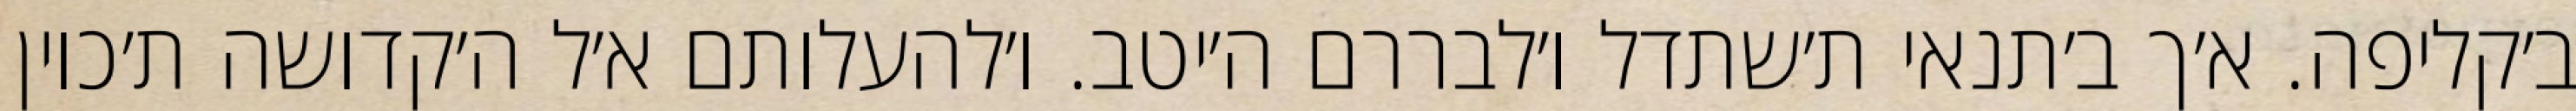
ב׳קליפה. א׳ך ב׳תנאי ת׳שתדל ו׳לבררם ה׳יטב. ו׳להעלותם א׳ל ה׳קדושה ת׳כוין